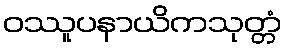
ဝဿူပနာယိကသုတ္တံ